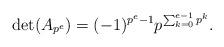
LaTeX: \begin{align*}\det(A_{p^e}) = (-1)^{p^e-1} p^{\sum_{k=0}^{e-1}p^{k}}. \end{align*}